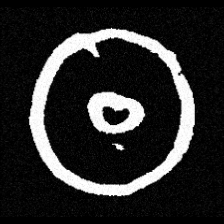
Pyu character \u2014 Myanmar letter: ထ (romanized: tha)